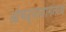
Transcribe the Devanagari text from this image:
आंवढ्यानागनाथ